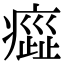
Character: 𤹻